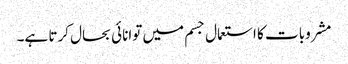
مشروبات کا استعمال جسم میں توانائی بحال کرتا ہے۔